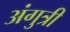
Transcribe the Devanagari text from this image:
अंगुत्री